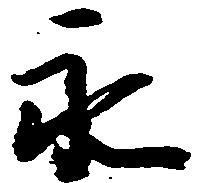
永